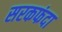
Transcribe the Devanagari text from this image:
सरकफंदा